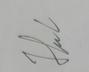
Signature authenticity: genuine